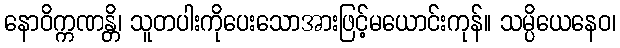
နောဝိက္ကဏန္တိ၊ သူတပါးကိုပေးသောအားဖြင့်မယောင်းကုန်။ သမ္ပိယေနေဝ၊